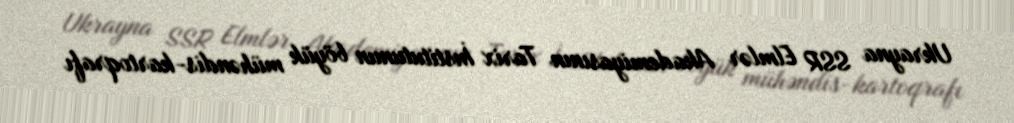
Ukrayna SSR Elmlər Akademiyasının Tarix İnstitutunun böyük mühəndis-kartoqrafı